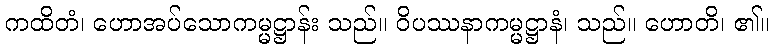
ကထိတံ၊ ဟောအပ်သောကမ္မဋ္ဌာန်း သည်။ ဝိပဿနာကမ္မဋ္ဌာနံ၊ သည်။ ဟောတိ၊ ၏။